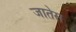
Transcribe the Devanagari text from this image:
जातेस